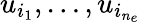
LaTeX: u_{i_{1}},\ldots,u_{i_{n_{e}}}